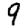
Digit: 9